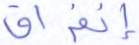
إنفراق